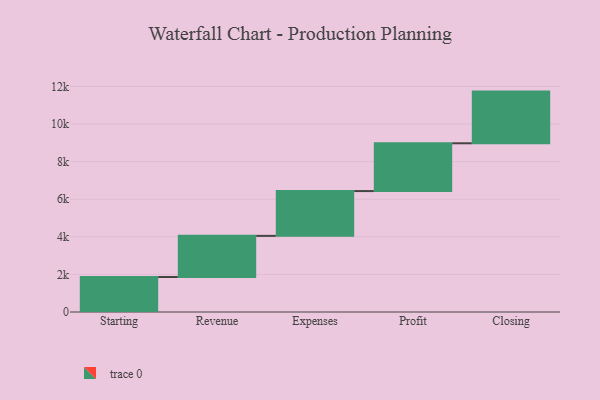
{"axis": {"x": "Step", "y": "Value"}, "legend": [""], "data": [{"x": "Starting", "y": 1862.0, "type": ""}, {"x": "Revenue", "y": 2189.0, "type": ""}, {"x": "Expenses", "y": 2384.0, "type": ""}, {"x": "Profit", "y": 2543.0, "type": ""}, {"x": "Closing", "y": 2750.0, "type": ""}]}